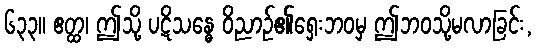
၆၃၃။ ဧတ္ထ၊ ဤသို့ ပဋိသန္ဓေ ဝိညာဉ်၏ရှေးဘဝမှ ဤဘဝသို့မလာခြင်း,